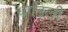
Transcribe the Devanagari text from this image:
धाडिली